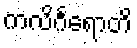
ကလိင်္ဂရောတိ